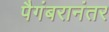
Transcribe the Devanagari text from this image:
पैगंबरानंतर